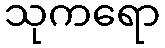
သုကရော